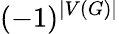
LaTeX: (-1)^{|V(G)|}